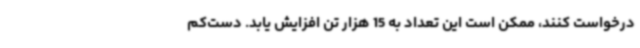
درخواست کنند، ممکن است این تعداد به 15 هزار تن افزایش یابد. دست‌کم